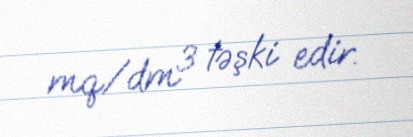
mq/dm³ təşki edir.